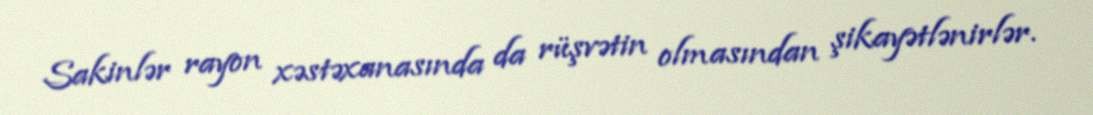
Sakinlər rayon xəstəxanasında da rüşvətin olmasından şikayətlənirlər.